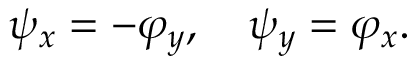
\psi _ { x } = - \varphi _ { y } , \quad \psi _ { y } = \varphi _ { x } .